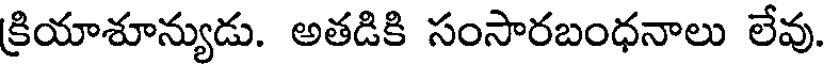
క్రియాశూన్యుడు. అతడికి సంసారబంధనాలు లేవు.